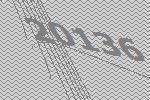
20136